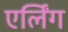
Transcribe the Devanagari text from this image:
एर्लिंग